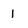
Character: l